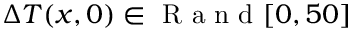
\Delta { T } ( x , 0 ) \in \mathrm { ~ R ~ a ~ n ~ d ~ } [ 0 , 5 0 ]